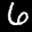
Label: 6